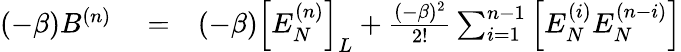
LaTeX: \begin{array}{rlr}{(-\beta)B^{(n)}}&{{}=}&{(-\beta)\Big[E_{N}^{(n)}\Big]_{L}+\frac{(-\beta)^{2}}{2!}\sum_{i=1}^{n-1}\Big[E_{N}^{(i)}E_{N}^{(n-i)}\Big]}\end{array}